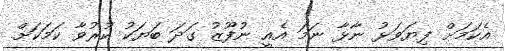
އެކަމަށް ފިޔަވަޅު ނާޅާ ނަމަ އެއީ ނުފޫޒު ގަދަ ބަޔަކު ކުރުވާ ކަމަކަށް